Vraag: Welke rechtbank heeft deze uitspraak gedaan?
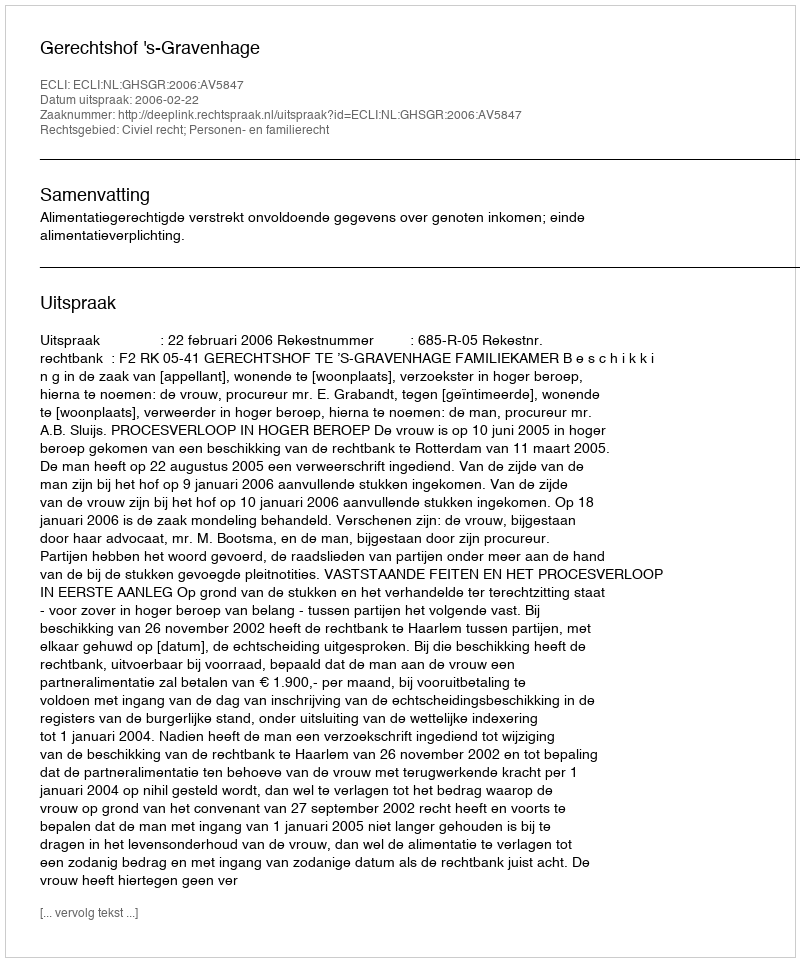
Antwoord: Gerechtshof 's-Gravenhage